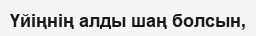
Үйіңнің алды шаң болсын,